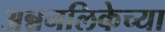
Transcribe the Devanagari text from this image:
अन्ननलिकेच्या